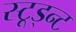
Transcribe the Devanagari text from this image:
स्टूड्न्ट